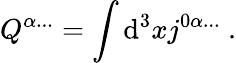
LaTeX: Q^{\alpha...}=\int\mathrm{d}^{3}xj^{0\alpha...}\ .